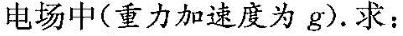
电场中(重力加速度为g)。求：)